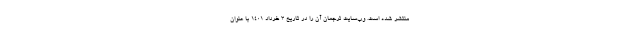
منتشر شده است. وب‌سایت ترجمان آن را در تاریخ ۳ خرداد ۱۴۰۱ با عنوان